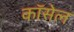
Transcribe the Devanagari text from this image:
कॉसेल